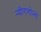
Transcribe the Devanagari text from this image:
न्यीरागोन्गो